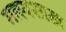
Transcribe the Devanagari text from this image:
मत्स्यशास्त्र